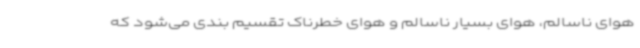
هوای ناسالم، هوای بسیار ناسالم و هوای خطرناک تقسیم بندی می‌شود که